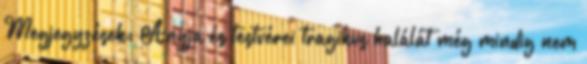
Megjegyzések: Anyja és testvérei tragikus halálát még mindig nem